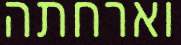
וארחתה